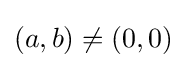
(a,b)\neq (0,0)